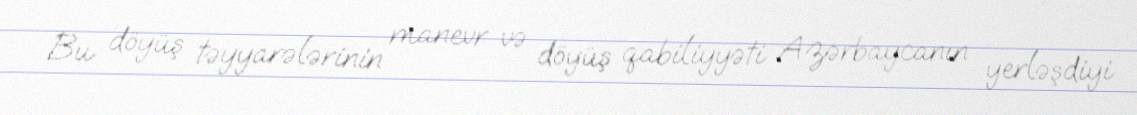
Bu döyüş təyyarələrinin manevr və döyüş qabiliyyəti Azərbaycanın yerləşdiyi